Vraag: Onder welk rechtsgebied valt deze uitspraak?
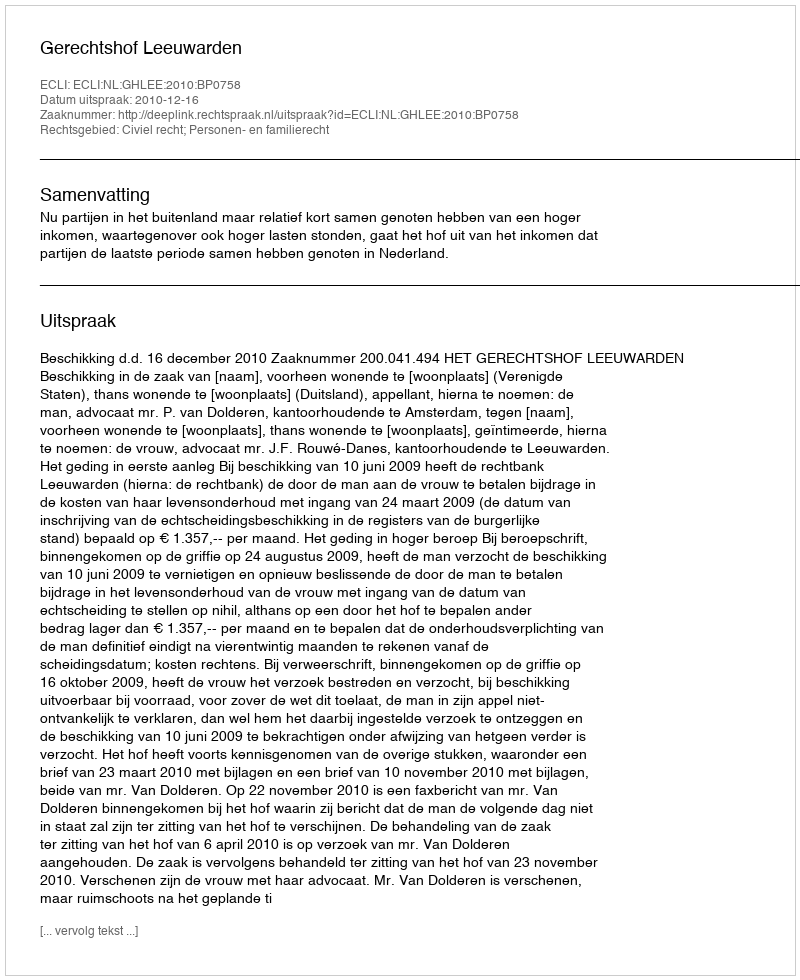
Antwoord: Civiel recht; Personen- en familierecht